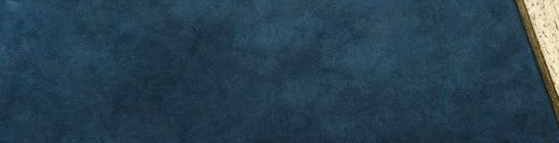
OCEAN AVE